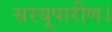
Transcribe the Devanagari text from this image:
सरयूपारीण।